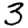
Digit: 3